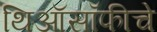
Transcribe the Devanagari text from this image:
थिऑसॉफीचे